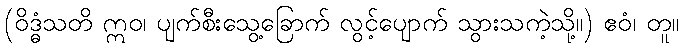
(ဝိဒ္ဓံသတိ ဣဝ၊ ပျက်စီးသွေ့ခြောက် လွင့်ပျောက် သွားသကဲ့သို့။) ဧဝံ၊ တူ။